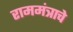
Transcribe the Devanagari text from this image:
राममंत्राचे